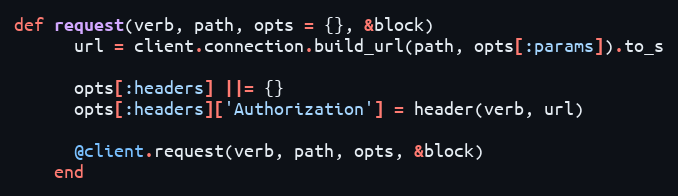
Language: Ruby
def request(verb, path, opts = {}, &block)
      url = client.connection.build_url(path, opts[:params]).to_s

      opts[:headers] ||= {}
      opts[:headers]['Authorization'] = header(verb, url)

      @client.request(verb, path, opts, &block)
    end